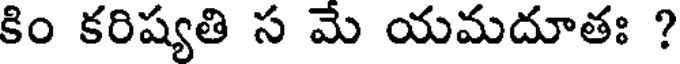
కిం కరిష్యతి స మే యమదూతః ?